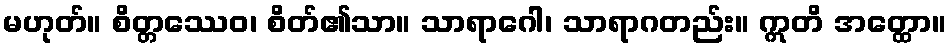
မဟုတ်။ စိတ္တဿေဝ၊ စိတ်၏သာ။ သာရာဂေါ၊ သာရာဂတည်း။ ဣတိ အတ္ထော။